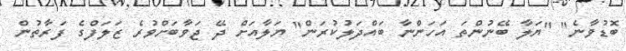
ބޮޑުވާނެ" "ޔަލާ ބޭނުންތަ އަހަންނާ ބައްދަލުކުރަން" ޔަލާއަށް ދޭ ޖަވާބަށްވުރެ ޒަލަފްގެ ފަރާތުން